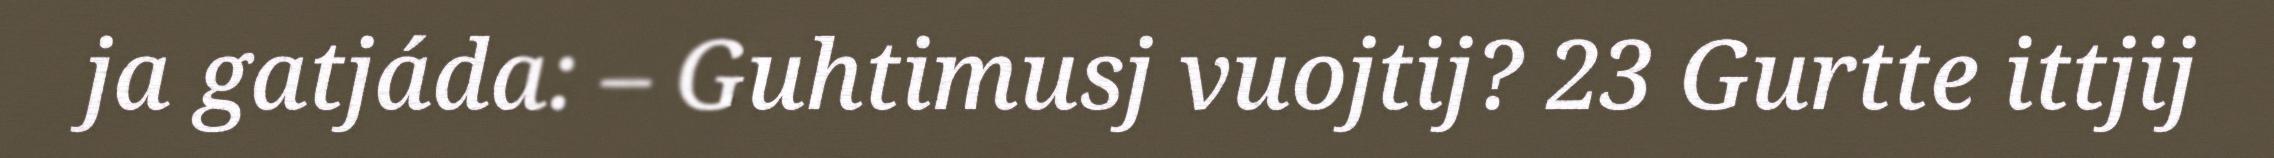
ja gatjáda: – Guhtimusj vuojtij? 23 Gurtte ittjij